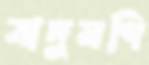
যাদুমণি